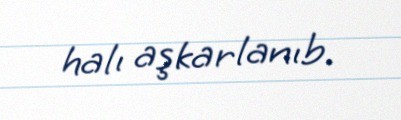
halı aşkarlanıb.